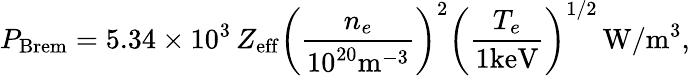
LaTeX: P_{\mathrm{Brem}}=5.34\times 10^{3}\, Z_{\mathrm{eff}}\left(\frac{n_{e}}{10^{20}\mathrm{m}^{-3}}\right)^{2}\left(\frac{T_{e}}{1\mathrm{keV}}\right)^{1/2}\, \mathrm{W}/\mathrm{m}^{3},